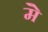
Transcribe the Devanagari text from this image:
मेॆ